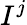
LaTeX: I^{j}